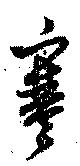
寒